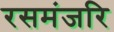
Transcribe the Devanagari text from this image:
रसमंजरि